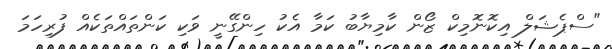
"ސްޕެޝަލް އިކޮނޮމިކް ޒޯން ކާމިޔާބު ކަމާ އެކު ހިންގޭނީ ވަކި ކަންތައްތަކެއް ފުރިހަމަ